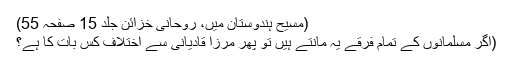
(مسیح ہندوستان میں، روحانی خزائن جلد 15 صفحہ 55)
(اگر مسلمانوں کے تمام فرقے یہ مانتے ہیں تو پھر مرزا قادیانی سے اختلاف کس بات کا ہے؟